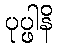
ပုပ္ဖါနိ